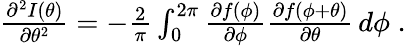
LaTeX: \begin{array}{r}{\frac{\partial^{2}I(\theta)}{\partial\theta^{2}}=-\frac{2}{\pi}\int_{0}^{2\pi}\frac{\partial f(\phi)}{\partial\phi}\frac{\partial f(\phi+\theta)}{\partial\theta}\, d\phi\; .}\end{array}